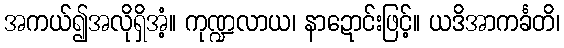
အကယ်၍အလိုရှိအံ့။ ကုဏ္ဍလာယ၊ နာဍောင်းဖြင့်။ ယဒိအာကင်္ခတိ၊